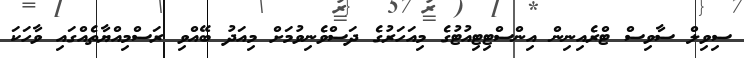
ސިވިލް ސާވިސް ޓްރެއިނިން އިންސްޓިޓިއުޓުގެ މިއަހަރުގެ ދަސްވެނިވުމަށް މިއަދު ބޭއްވި ރަސްމިއްޔާތެއްގައި ވާހަކަ